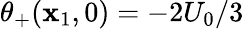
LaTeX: \theta_{+}(\mathbf{x}_{1},0)=-2U_{0}/3